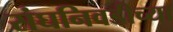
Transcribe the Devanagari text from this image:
संघनिवडीच्या